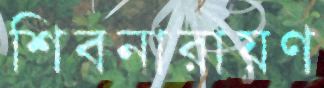
শিবনারায়ণ